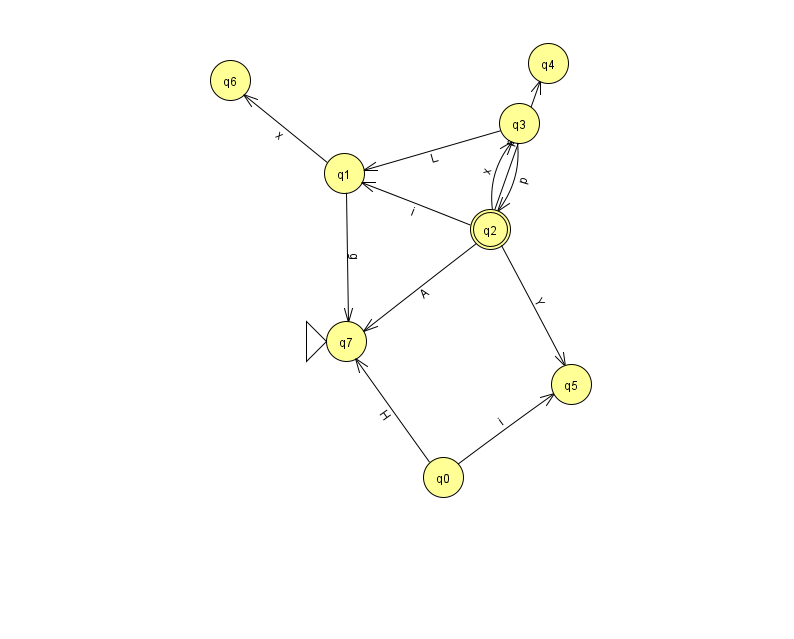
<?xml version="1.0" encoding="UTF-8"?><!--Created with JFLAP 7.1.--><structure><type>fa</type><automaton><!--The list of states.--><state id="0" name="q0"><x>443.0</x><y>464.0</y></state><state id="1" name="q1"><x>344.0</x><y>160.0</y></state><state id="2" name="q2"><x>490.0</x><y>216.0</y><final/></state><state id="3" name="q3"><x>519.0</x><y>110.0</y></state><state id="4" name="q4"><x>548.0</x><y>50.0</y></state><state id="5" name="q5"><x>571.0</x><y>371.0</y></state><state id="6" name="q6"><x>230.0</x><y>67.0</y></state><state id="7" name="q7"><x>346.0</x><y>328.0</y><initial/></state><!--The list of transitions.--><transition><from>2</from><to>3</to><read>x</read></transition><transition><from>0</from><to>7</to><read>H</read></transition><transition><from>1</from><to>6</to><read>x</read></transition><transition><from>2</from><to>5</to><read>Y</read></transition><transition><from>0</from><to>5</to><read>i</read></transition><transition><from>3</from><to>1</to><read>L</read></transition><transition><from>1</from><to>7</to><read>g</read></transition><transition><from>3</from><to>2</to><read>p</read></transition><transition><from>2</from><to>1</to><read>i</read></transition><transition><from>2</from><to>7</to><read>A</read></transition><transition><from>2</from><to>4</to><read>p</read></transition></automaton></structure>